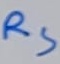
Text: RS